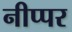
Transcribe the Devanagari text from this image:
नीप्पर